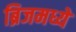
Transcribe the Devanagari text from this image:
ब्रिजमध्ये